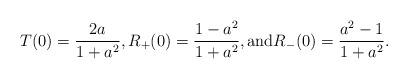
LaTeX: \begin{align*}T(0) = \frac{2a}{1+a^2}, R_+(0) = \frac{1 - a^2}{1+ a^2}, \mbox{and} R_-(0) = \frac{a^2-1}{1+ a^2}.\end{align*}